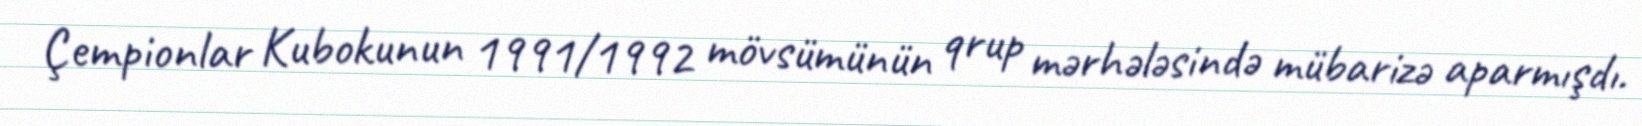
Çempionlar Kubokunun 1991/1992 mövsümünün qrup mərhələsində mübarizə aparmışdı.